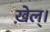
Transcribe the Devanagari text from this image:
ख़ेल्।